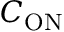
C _ { \mathrm { O N } }